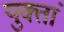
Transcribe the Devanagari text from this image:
युक्तां